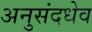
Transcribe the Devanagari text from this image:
अनुसंदधेव